Lunatic asylums in Bengal annual reports 1912-1924 - 1912-1924
Year: 1912
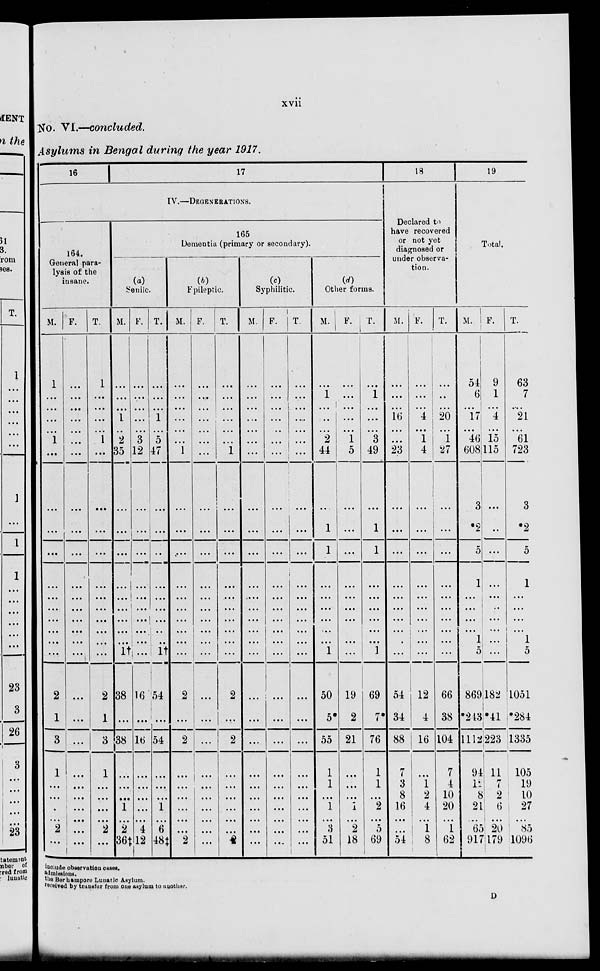
xvii
No. VI.—concluded.
Asylums in Bengal during the year 1917.
16
17
IV.—DEGENERATIONS.
164.
General para-
lysis of the
insane.
M.
1
...
...
...
...
1
...
...
...
...
...
...
...
...
...
...
...
2
1
3
1
...
...
...
...
2
...
F.
...
...
...
...
...
...
...
...
...
...
...
...
...
...
...
...
...
...
...
...
...
...
...
...
...
...
...
T.
1
...
...
...
...
1
...
...
...
...
...
...
...
...
...
...
...
2
1
3
1
...
...
...
...
2
...
165
Dementia (primary or secondary).
(a)
Senile.
M.
...
...
...
1
...
2
35
...
...
...
...
...
...
...
...
...
1†
38
...
38
...
...
...
1
...
2
36‡
F.
...
...
...
...
...
3
12
...
...
...
...
...
...
...
...
...
...
16
...
16
...
...
...
...
...
4
12
T.
...
...
...
1
...
5
47
...
...
...
...
...
...
...
...
...
1†
54
...
54
...
...
...
1
...
6
48‡
(b)
Epileptic.
M.
...
...
...
...
...
...
1
...
...
...
...
...
...
...
...
...
...
2
...
2
...
...
...
...
...
...
2
F.
...
...
...
...
...
...
...
...
...
...
...
...
...
...
...
...
...
...
...
...
...
...
...
...
...
...
...
T.
...
...
...
...
...
...
1
...
...
...
...
....
...
...
...
...
...
2
...
2
...
...
...
...
...
...
2
(c)
Syphilitic.
M.
...
...
...
...
...
...
...
...
...
...
...
...
...
...
...
...
...
...
...
...
...
...
...
...
...
...
F.
...
...
...
...
...
...
...
...
...
...
...
...
...
...
...
...
...
...
...
...
...
...
...
...
...
...
...
T.
...
...
...
...
...
...
...
...
...
...
...
...
...
...
...
...
...
...
...
...
...
...
...
...
...
...
...
(d)
Other forms.
M.
...
1
...
...
...
2
44
...
1
1
...
...
...
...
...
...
1
50
5*
55
1
1
...
1
...
3
51
F.
...
...
...
...
...
1
5
...
...
...
...
...
...
...
...
...
...
19
2
21
...
...
...
1
...
2
18
T.
...
1
...
...
...
3
49
...
1
1
...
...
...
...
...
...
1
69
7*
76
1
1
...
2
...
5
69
18
Declared to
have recovered
or not yet
diagnosed or
under observa-
tion.
M.
...
...
...
16
...
...
23
...
...
...
...
...
...
...
...
...
...
54
34
88
7
3
8
16
...
...
54
F.
...
...
...
4
...
1
4
...
...
...
...
...
...
...
...
...
...
12
4
16
1
1
2
4
...
1
8
T.
...
...
...
20
...
1
27
...
...
...
...
...
...
...
...
...
...
66
38
104
7
4
10
20
...
1
62
19
Total.
M.
54
6
...
17
...
46
608
3
*2
5
1
...
...
...
...
1
5
869
*243
1112
94
12
8
21
...
63
917
F.
9
1
...
4
...
15
115
...
...
...
...
...
...
...
...
...
...
182
*41
223
11
7
2
6
...
20
179
T.
63
7
...
21
...
61
723
3
*2
5
1
...
...
...
...
1
5
1051
*284
1335
105
19
10
27
...
83
1096
Include observation cases.
admissions.
the Berhampore Lunatic Asylum.
received by transfer from one asylums to another.
D